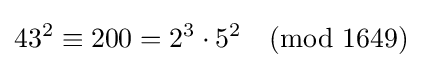
43^{2}\equiv 200=2^{3}\cdot 5^{2}{\pmod {1649}}